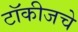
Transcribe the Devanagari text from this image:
टॉकीजचे